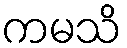
ကမသိ